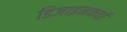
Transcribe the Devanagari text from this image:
डिजाइनकर्ता